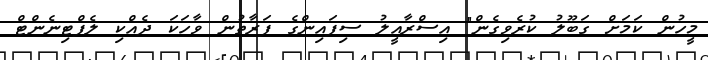
މީހުން ކަމަށް ގަބޫލު ކުރެވިގެން" އިސްރާއީލު ސިފައިންގެ ފަރާތުން ވާހަކަ ދެއްކި ލެފްޓިނެންޓް